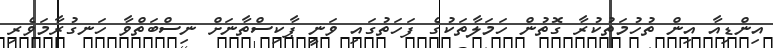
އިންޑިއާ އިން ތުހުމަތުކުރާ ގޮތުން ހަމަލާތަކުގެ ފަހަތުގައި ވަނީ ޕާކިސްތާނަށް ނިސްބަތްވާ ހަނގުރާމަވެރި